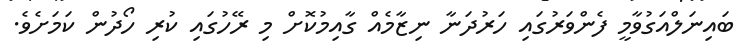
ބައިނަލްއަގުވާމީ ފެންވަރުގައި ހަރުދަނާ ނިޒާމެއް ގާއިމުކޮށް މި ރޭހުގައި ކުރި ހޯދުން ކަމަށެވެ.